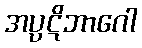
အပ္ပဋိဘာဂေါ